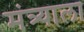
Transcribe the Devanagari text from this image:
मंत्र्याला